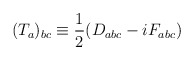
\begin{align*}(T_a)_{bc} \equiv \frac{1}{2} (D_{abc} - i F_{abc})\end{align*}